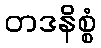
တဒနိစ္စံ